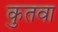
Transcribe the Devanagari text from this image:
कुतवा